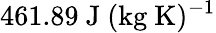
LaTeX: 461.89~\mathrm{J~(kg~K)^{-1}}